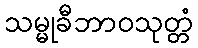
သမ္မုခီဘာဝသုတ္တံ